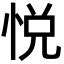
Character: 悦